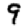
Digit: 9